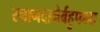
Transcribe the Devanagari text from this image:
स्नानदानैर्बहुफला